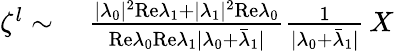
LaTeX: \begin{array}{rl}{\zeta^{l}\sim}&{{}~\frac{\vert\lambda_{0}\vert^{2}\mathrm{Re}\lambda_{1}+\vert\lambda_{1}\vert^{2}\mathrm{Re}\lambda_{0}}{\mathrm{Re}\lambda_{0}\mathrm{Re}\lambda_{1}\vert\lambda_{0}+\bar{\lambda}_{1}\vert}\frac{1}{\vert\lambda_{0}+\bar{\lambda}_{1}\vert}\, X}\end{array}